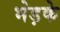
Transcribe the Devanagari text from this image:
भेड़के